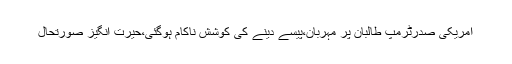
امریکی صدرٹرمپ طالبان پر مہربان،پیسے دینے کی کوشش ناکام ہوگئی،حیرت انگیز صورتحال